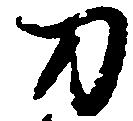
刀